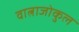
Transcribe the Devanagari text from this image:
वात्नाजोकुल